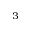
^ 3